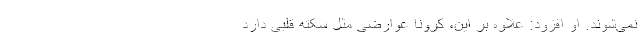
نمی‌شوند. او افزود: علاوه بر این، کرونا عوارضی مثل سکته قلبی دارد